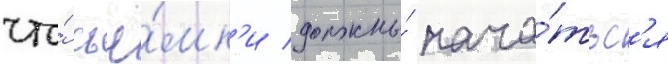
что́ съё́мк'и должны́ нача́тьс'я